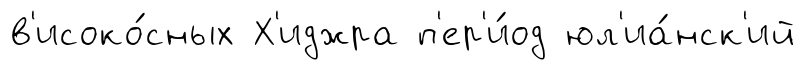
в'исоко́сных Х'иджра п'ер'и́од юл'иа́нск'ий